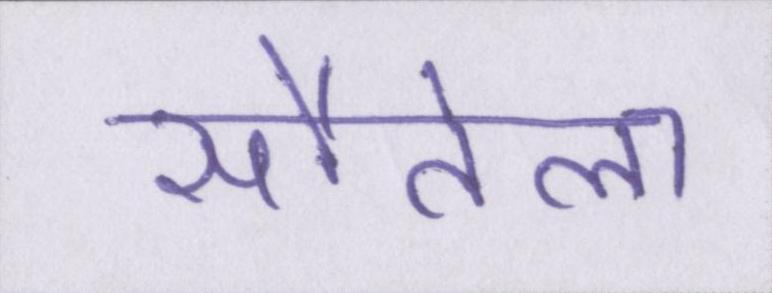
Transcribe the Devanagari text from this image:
सौतेला